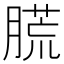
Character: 䐠